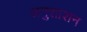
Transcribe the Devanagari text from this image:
अनुशाशन